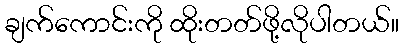
ချက်ကောင်းကို ထိုးတတ်ဖို့လိုပါတယ်။